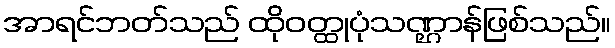
အာရင်ဘတ်သည် ထိုဝတ္ထုပုံသဏ္ဌာန်ဖြစ်သည်။